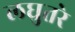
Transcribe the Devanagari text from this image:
लघुतरे